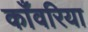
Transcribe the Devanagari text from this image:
काँवरिया